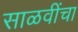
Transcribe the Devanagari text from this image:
साळवींचा